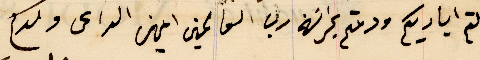
لثم اياديكم ودمتم بحراسَة رب العالمين امين الداعى ولكم